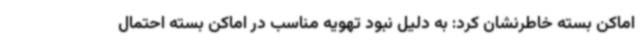
اماکن بسته خاطرنشان کرد: به دلیل نبود تهویه مناسب در اماکن بسته احتمال